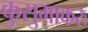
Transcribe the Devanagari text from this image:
कुसुमाकरः